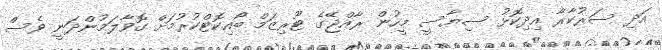
އަދި ސަރުކާރާ އިދިކޮޅު ސިޔާސީ މީހުން ރާއްޖޭގެ ޓޫރިޒަމް ބޯއިކޮޓްކުރުމަށް ގޮވާލަމުންދަނީ ވެސް